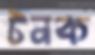
টনক